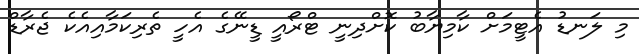
މި ލަނޑު އެޓީމަށް ކާމިޔާބު ކޮށްދިނީ ޓްރޯއީ ޑީނޭގެ އެހީ ތެރިކަމާއިއެކެ ޖެރާޑް